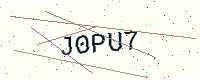
Text: J0PU7